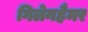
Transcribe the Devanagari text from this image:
गिलेनहैमर